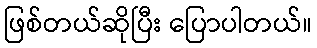
ဖြစ်တယ်ဆိုပြီး ပြောပါတယ်။